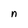
Character: n